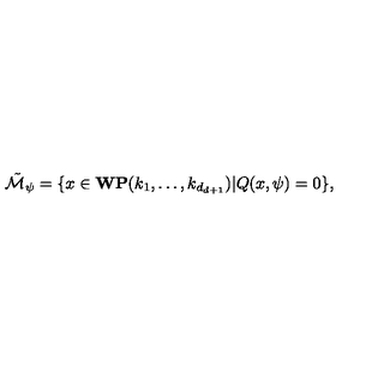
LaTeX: \tilde { { \cal M } } _ { \psi } = \{ x \in { \bf W P } ( k _ { 1 } , \ldots , k _ { d _ { d + 1 } } ) | Q ( x , \psi ) = 0 \} ,